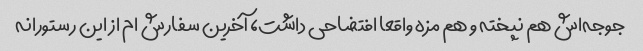
جوجه‌اش هم نپخته و هم مزه واقعا افتضاحی داشت، آخرین سفارش ام از این رستورانه